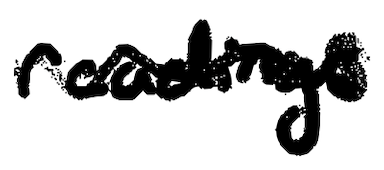
Text: readings
Cross-out: wave
Writing tool: digital_black